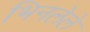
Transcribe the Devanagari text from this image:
भिनलेले